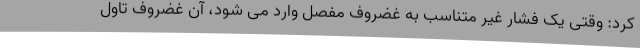
کرد: وقتی یک فشار غیر متناسب به غضروف مفصل وارد می شود، آن غضروف تاول